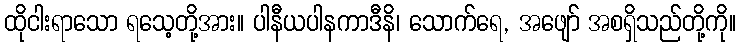
ထိုငါးရာသော ရသေ့တို့အား။ ပါနီယပါနကာဒီနိ၊ သောက်ရေ, အဖျော် အစရှိသည်တို့ကို။